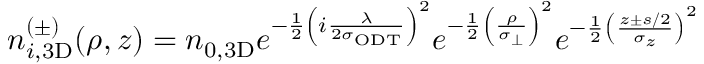
n _ { i , \mathrm { { 3 D } } } ^ { ( \pm ) } ( \rho , z ) = n _ { 0 , \mathrm { { 3 D } } } e ^ { - \frac { 1 } { 2 } \left( i \frac { \lambda } { 2 \sigma _ { \mathrm { { O D T } } } } \right) ^ { 2 } } e ^ { - \frac { 1 } { 2 } \left( \frac { \rho } { \sigma _ { \perp } } \right) ^ { 2 } } e ^ { - \frac { 1 } { 2 } \left( \frac { z \pm s / 2 } { \sigma _ { z } } \right) ^ { 2 } }